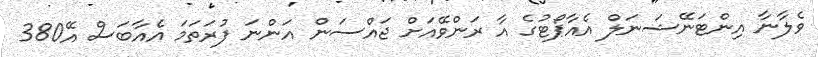
ވެލާނާ އިންޓަނޭޝަނަލް އެއާޕޯޓުގެ އާ ރަންވޭއަށް ޖައްސަން އަންނަ ފުރަތަމަ އެއާބަސް އޭ380